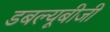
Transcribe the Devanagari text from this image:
डबल्यूबीजी